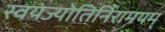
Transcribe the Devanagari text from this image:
स्वयंज्योतिर्निरामयम्